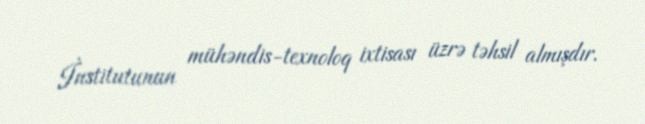
İnstitutunun mühəndis-texnoloq ixtisası üzrə təhsil almışdır.